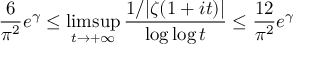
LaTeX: { \frac { 6 } { \pi ^ { 2 } } } e ^ { \gamma } \leq \operatorname* { l i m s u p } _ { t \rightarrow + \infty } { \frac { 1 / | \zeta ( 1 + i t ) | } { \log \log t } } \leq { \frac { 1 2 } { \pi ^ { 2 } } } e ^ { \gamma }